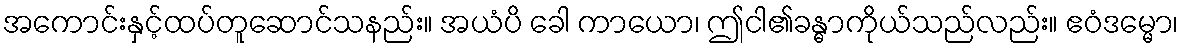
အကောင်းနှင့်ထပ်တူဆောင်သနည်း။ အယံပိ ခေါ ကာယော၊ ဤငါ၏ခန္ဓာကိုယ်သည်လည်း။ ဧဝံဒမ္မော၊